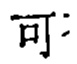
可